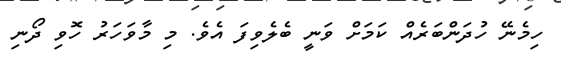
ހިމެނޭ ހުދަންބަރެއް ކަމަށް ވަނީ ބެލެވިފަ އެވެ. މި މާވަހަރު ހޮވި ދޯނި